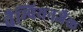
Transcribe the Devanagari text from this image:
चैम्पियनजैक